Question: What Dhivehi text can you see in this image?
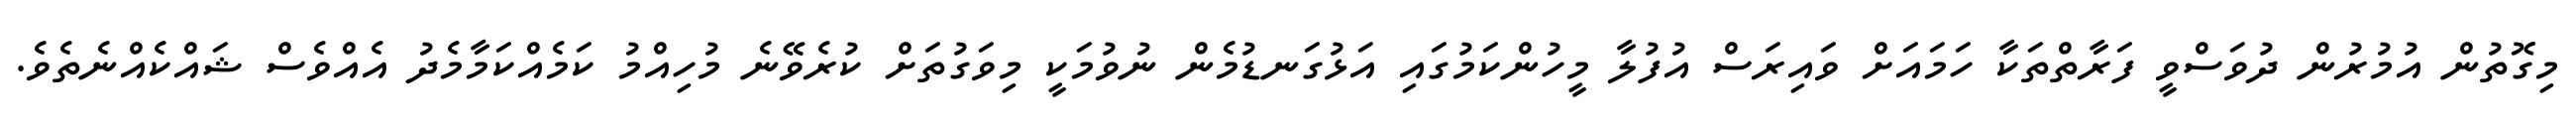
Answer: މިގޮތުން އުމުރުން ދުވަސްވީ ފަރާތްތަކާ ހަމައަށް ވައިރަސް އުފުލާ މީހުންކަމުގައި އަޅުގަނޑުމެން ނުވުމަކީ މިވަގުތަށް ކުރެވޭނެ މުހިއްމު ކަމެއްކަމާމެދު އެއްވެސް ޝައްކެއްނެތެވެ.